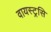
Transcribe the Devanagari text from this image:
वायस्ट्रसि